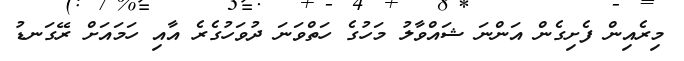
މިރެއިން ފެށިގެން އަންނަ ޝައްވާލު މަހުގެ ހަތްވަނަ ދުވަހުގެރެ އާއި ހަމައަށް ރޭގަނޑު